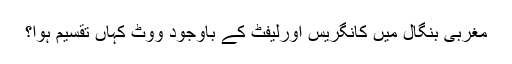
مغربی بنگال میں کانگریس اورلیفٹ کے باوجود ووٹ کہاں تقسیم ہوا؟